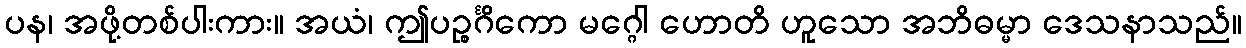
ပန၊ အဖို့တစ်ပါးကား။ အယံ၊ ဤပဉ္စင်္ဂိကော မဂ္ဂေါ ဟောတိ ဟူသော အဘိဓမ္မာ ဒေသနာသည်။